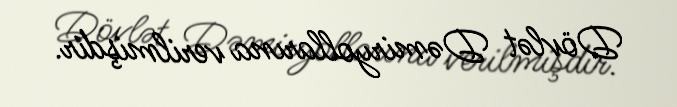
Dövlət Dəmiryollarına verilmişdir.